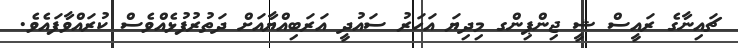
ޗައިނާގެ ރައީސް ޝީ ޖިންޕިންގ މިދިޔަ އަހަރު ސައުދީ އަރަބިއްޔާއަށް ދަތުރުފުޅެއްވެސް ކުރައްވާފައެވެ.